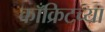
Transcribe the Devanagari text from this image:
काँक्रिटच्या